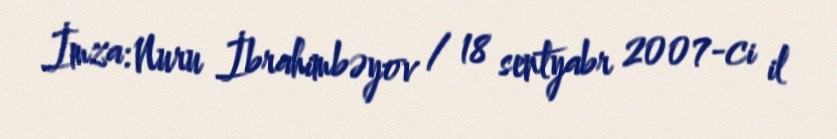
İmza: Nuru İbrahimbəyov / 18 sentyabr 2007-ci il